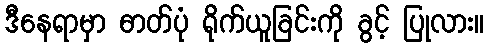
ဒီနေရာမှာ ဓာတ်ပုံ ရိုက်ယူခြင်းကို ခွင့် ပြုလား။